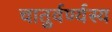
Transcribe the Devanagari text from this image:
चातुर्वर्ण्यस्य